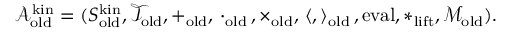
\begin{array} { r } { \mathcal { A } _ { \mathrm { o l d } } ^ { \mathrm { k i n } } = ( S _ { \mathrm { o l d } } ^ { \mathrm { k i n } } , \mathcal { T } _ { \mathrm { o l d } } , + _ { \mathrm { o l d } } , \, \cdot _ { \mathrm { o l d } } \, , \times _ { \mathrm { o l d } } , \, \langle , \rangle _ { \mathrm { o l d } } \, , \mathrm { e v a l } , * _ { \mathrm { l i f t } } , \mathcal { M } _ { \mathrm { o l d } } ) . } \end{array}